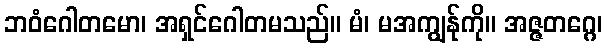
ဘဝံဂေါတမော၊ အရှင်ဂေါတမသည်။ မံ၊ မအကျွန်ုကို။ အဇ္ဇတဂ္ဂေ၊